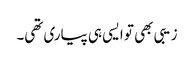
زیبی بھی تو ایسی ہی پیاری تھی۔